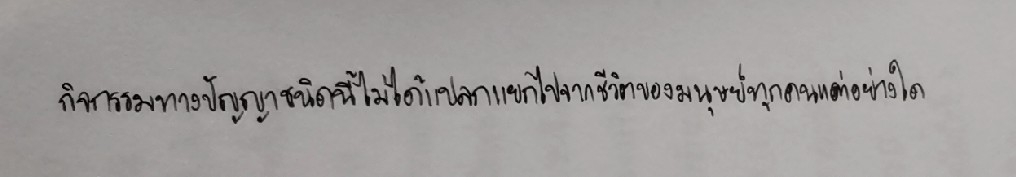
กิจกรรมทางปัญญาชนิดนี้ไม่ได้แปลกแยกไปจากชีวิตของมนุษย์ทุกคนแต่อย่างใด